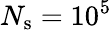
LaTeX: N_{\mathrm{s}}=10^{5}